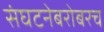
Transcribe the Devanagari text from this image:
संघटनेबरोबरच